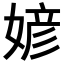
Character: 𪦎